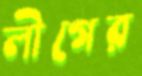
লীগের